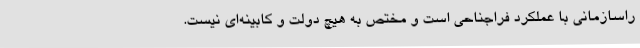
راسازمانی با عملکرد فراجناحی است و مختص به هیچ دولت و کابینه‌ای نیست.